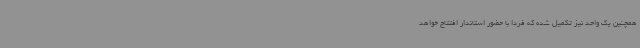
همچنین یک واحد نیز تکمیل شده که فردا با حضور استاندار افتتاح خواهد